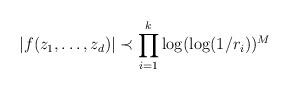
LaTeX: \begin{align*}|f(z_{1},\dots,z_{d})|\prec\prod_{i=1}^{k}\log(\log(1/r_{i}))^{M}\end{align*}